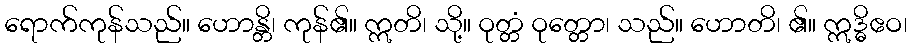
ရောက်ကုန်သည်။ ဟောန္တိ၊ ကုန်၏။ ဣတိ၊ သို့။ ဝုတ္တံ ဝုတ္တော၊ သည်။ ဟောတိ၊ ၏။ ဣဒ္ဓိဧဝ၊